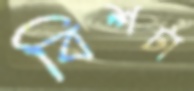
বিশটা